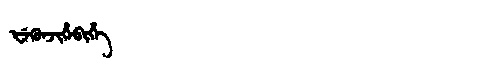
Manchu: ᡶᡝᡴᡠᠨᠵᡳᡥᡝᠪᡳᡥᡝ
Romanization: FEKUNJIHEBIHE